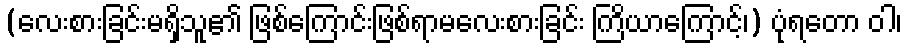
(လေးစားခြင်းမရှိသူ၏ ဖြစ်ကြောင်းဖြစ်ရာမလေးစားခြင်း ကြိယာကြောင့်၊) ပုံရတော ဝါ၊